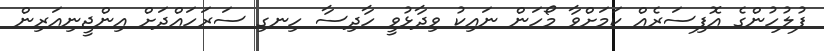
ފުލުހުންގެ އޮފިސަރެއް ކަމަށްވާ މޯހަން ނައިކު ވިދާޅުވީ ހާދިސާ ހިނގި ސަރަހައްދަށް އިންޖީނިއަރިން